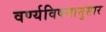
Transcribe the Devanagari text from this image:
वर्ण्यविषयानुसार